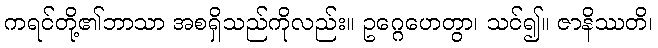
ကရင်တို့၏ဘာသာ အစရှိသည်ကိုလည်း။ ဥဂ္ဂေဟေတွာ၊ သင်၍။ ဇာနိဿတိ၊